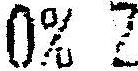
0% Z